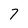
Character: 7